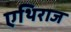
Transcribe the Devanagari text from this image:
एथिराज